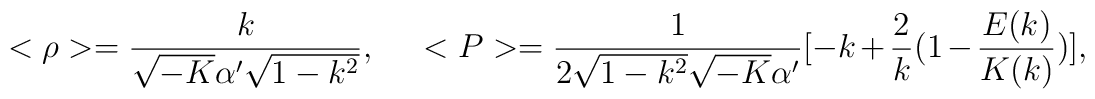
<\rho>=\frac{k}{\sqrt{-K}\alpha'\sqrt{1-k^2}},\;\;\;\;\;<P>=\frac{1}{2\sqrt{1-k^2}\sqrt{-K}\alpha'}[-k+\frac{2}{k}(1-\frac{E(k)}{K(k)})],